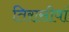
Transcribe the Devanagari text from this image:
तिरासीवां